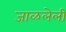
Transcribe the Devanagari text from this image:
जाळलेली